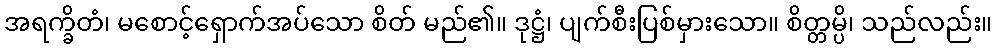
အရက္ခိတံ၊ မစောင့်ရှောက်အပ်သော စိတ် မည်၏။ ဒုဋ္ဌံ၊ ပျက်စီးပြစ်မှားသော။ စိတ္တမ္ပိ၊ သည်လည်း။